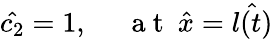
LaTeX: \hat{c_{2}}=1,~~~~~\mathrm{~a~t~}~\hat{x}=\hat{l(t)}